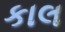
કાલ